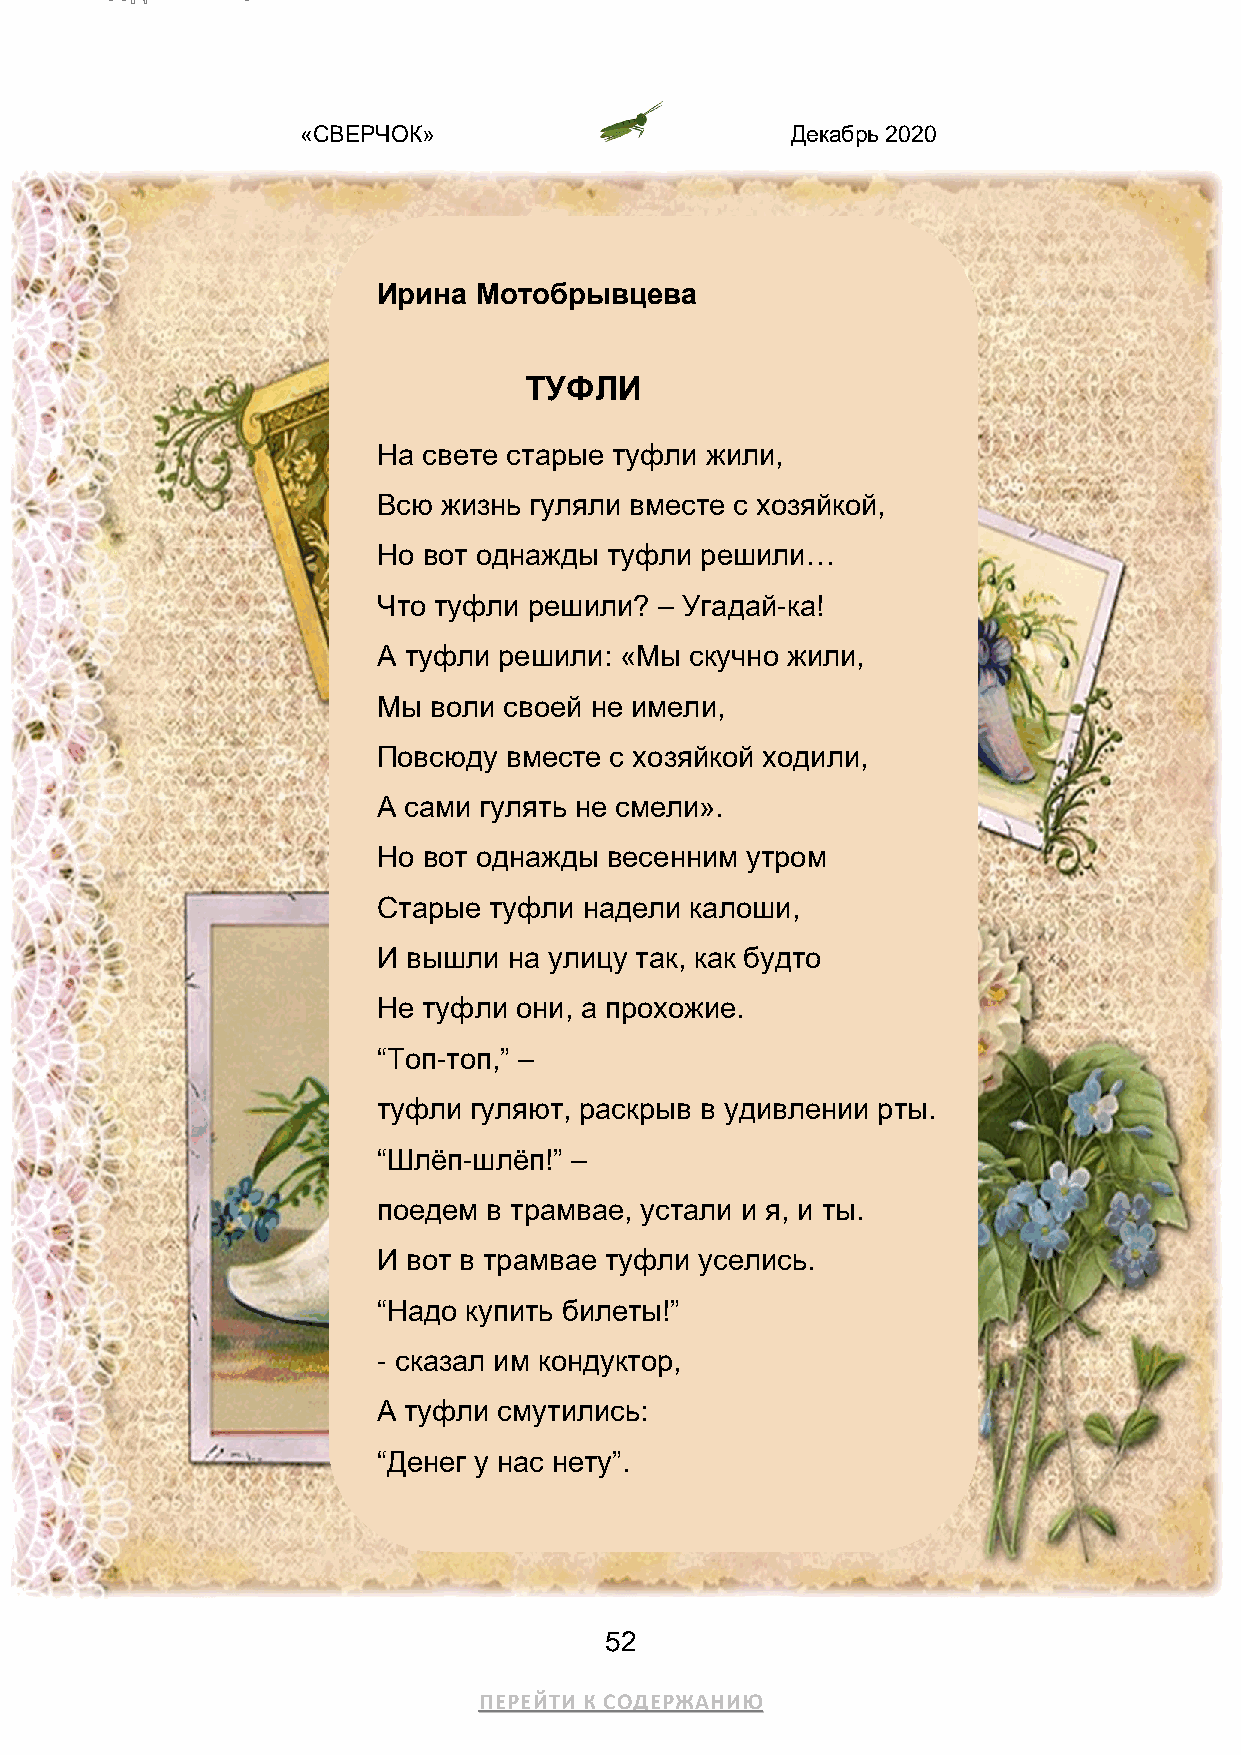
«СВЕРЧОК»                       Декабрь 2020
 Ирина Мотобрывцева
 ТУФЛИ
 На свете старые туфли жили,
 Всю жизнь гуляли вместе с хозяйкой,
 Но вот однажды туфли решили…
 Что туфли решили?  – Угадай-ка!
 А туфли решили: «Мы  скучно жили,
 Мы воли своей не имели,
 Повсюду вместе с хозяйкой ходили,
 А сами гулять не смели».
 Но вот однажды весенним утром
 Старые туфли  надели калоши,
 И вышли  на улицу так, как будто
 Не туфли они, а прохожие.
 “Топ-топ,” –
 туфли гуляют, раскрыв в удивлении рты.
 “Шлёп-шлёп!” –
 поедем в трамвае, устали и я, и ты.
 И вот в трамвае туфли уселись.
 “Надо купить билеты!”
 - сказал им кондуктор,
 А туфли смутились:
 “Денег у нас нету”.
 52
 ПЕРЕЙТИ К СОДЕРЖАНИЮ